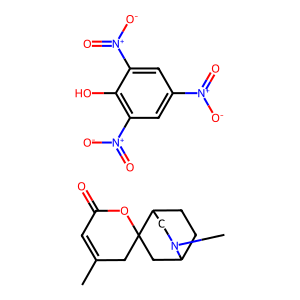
SMILES: CC1=CC(=O)OC2(C1)CC1CCC2CN1C.O=[N+]([O-])c1cc([N+](=O)[O-])c(O)c([N+](=O)[O-])c1
Inhibits HIV replication: No